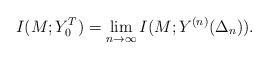
LaTeX: \begin{align*} I(M; Y_0^T) = \lim_{n \to \infty} I(M; Y^{(n)}(\Delta_n)).\end{align*}